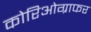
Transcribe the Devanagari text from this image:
कोरिओग्राफर